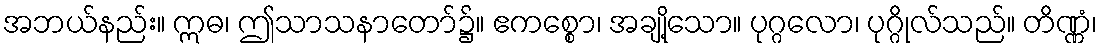
အဘယ်နည်း။ ဣဓ၊ ဤသာသနာတော်၌။ ဧကစ္စော၊ အချို့သော။ ပုဂ္ဂလော၊ ပုဂ္ဂိုလ်သည်။ တိဏ္ဏံ၊